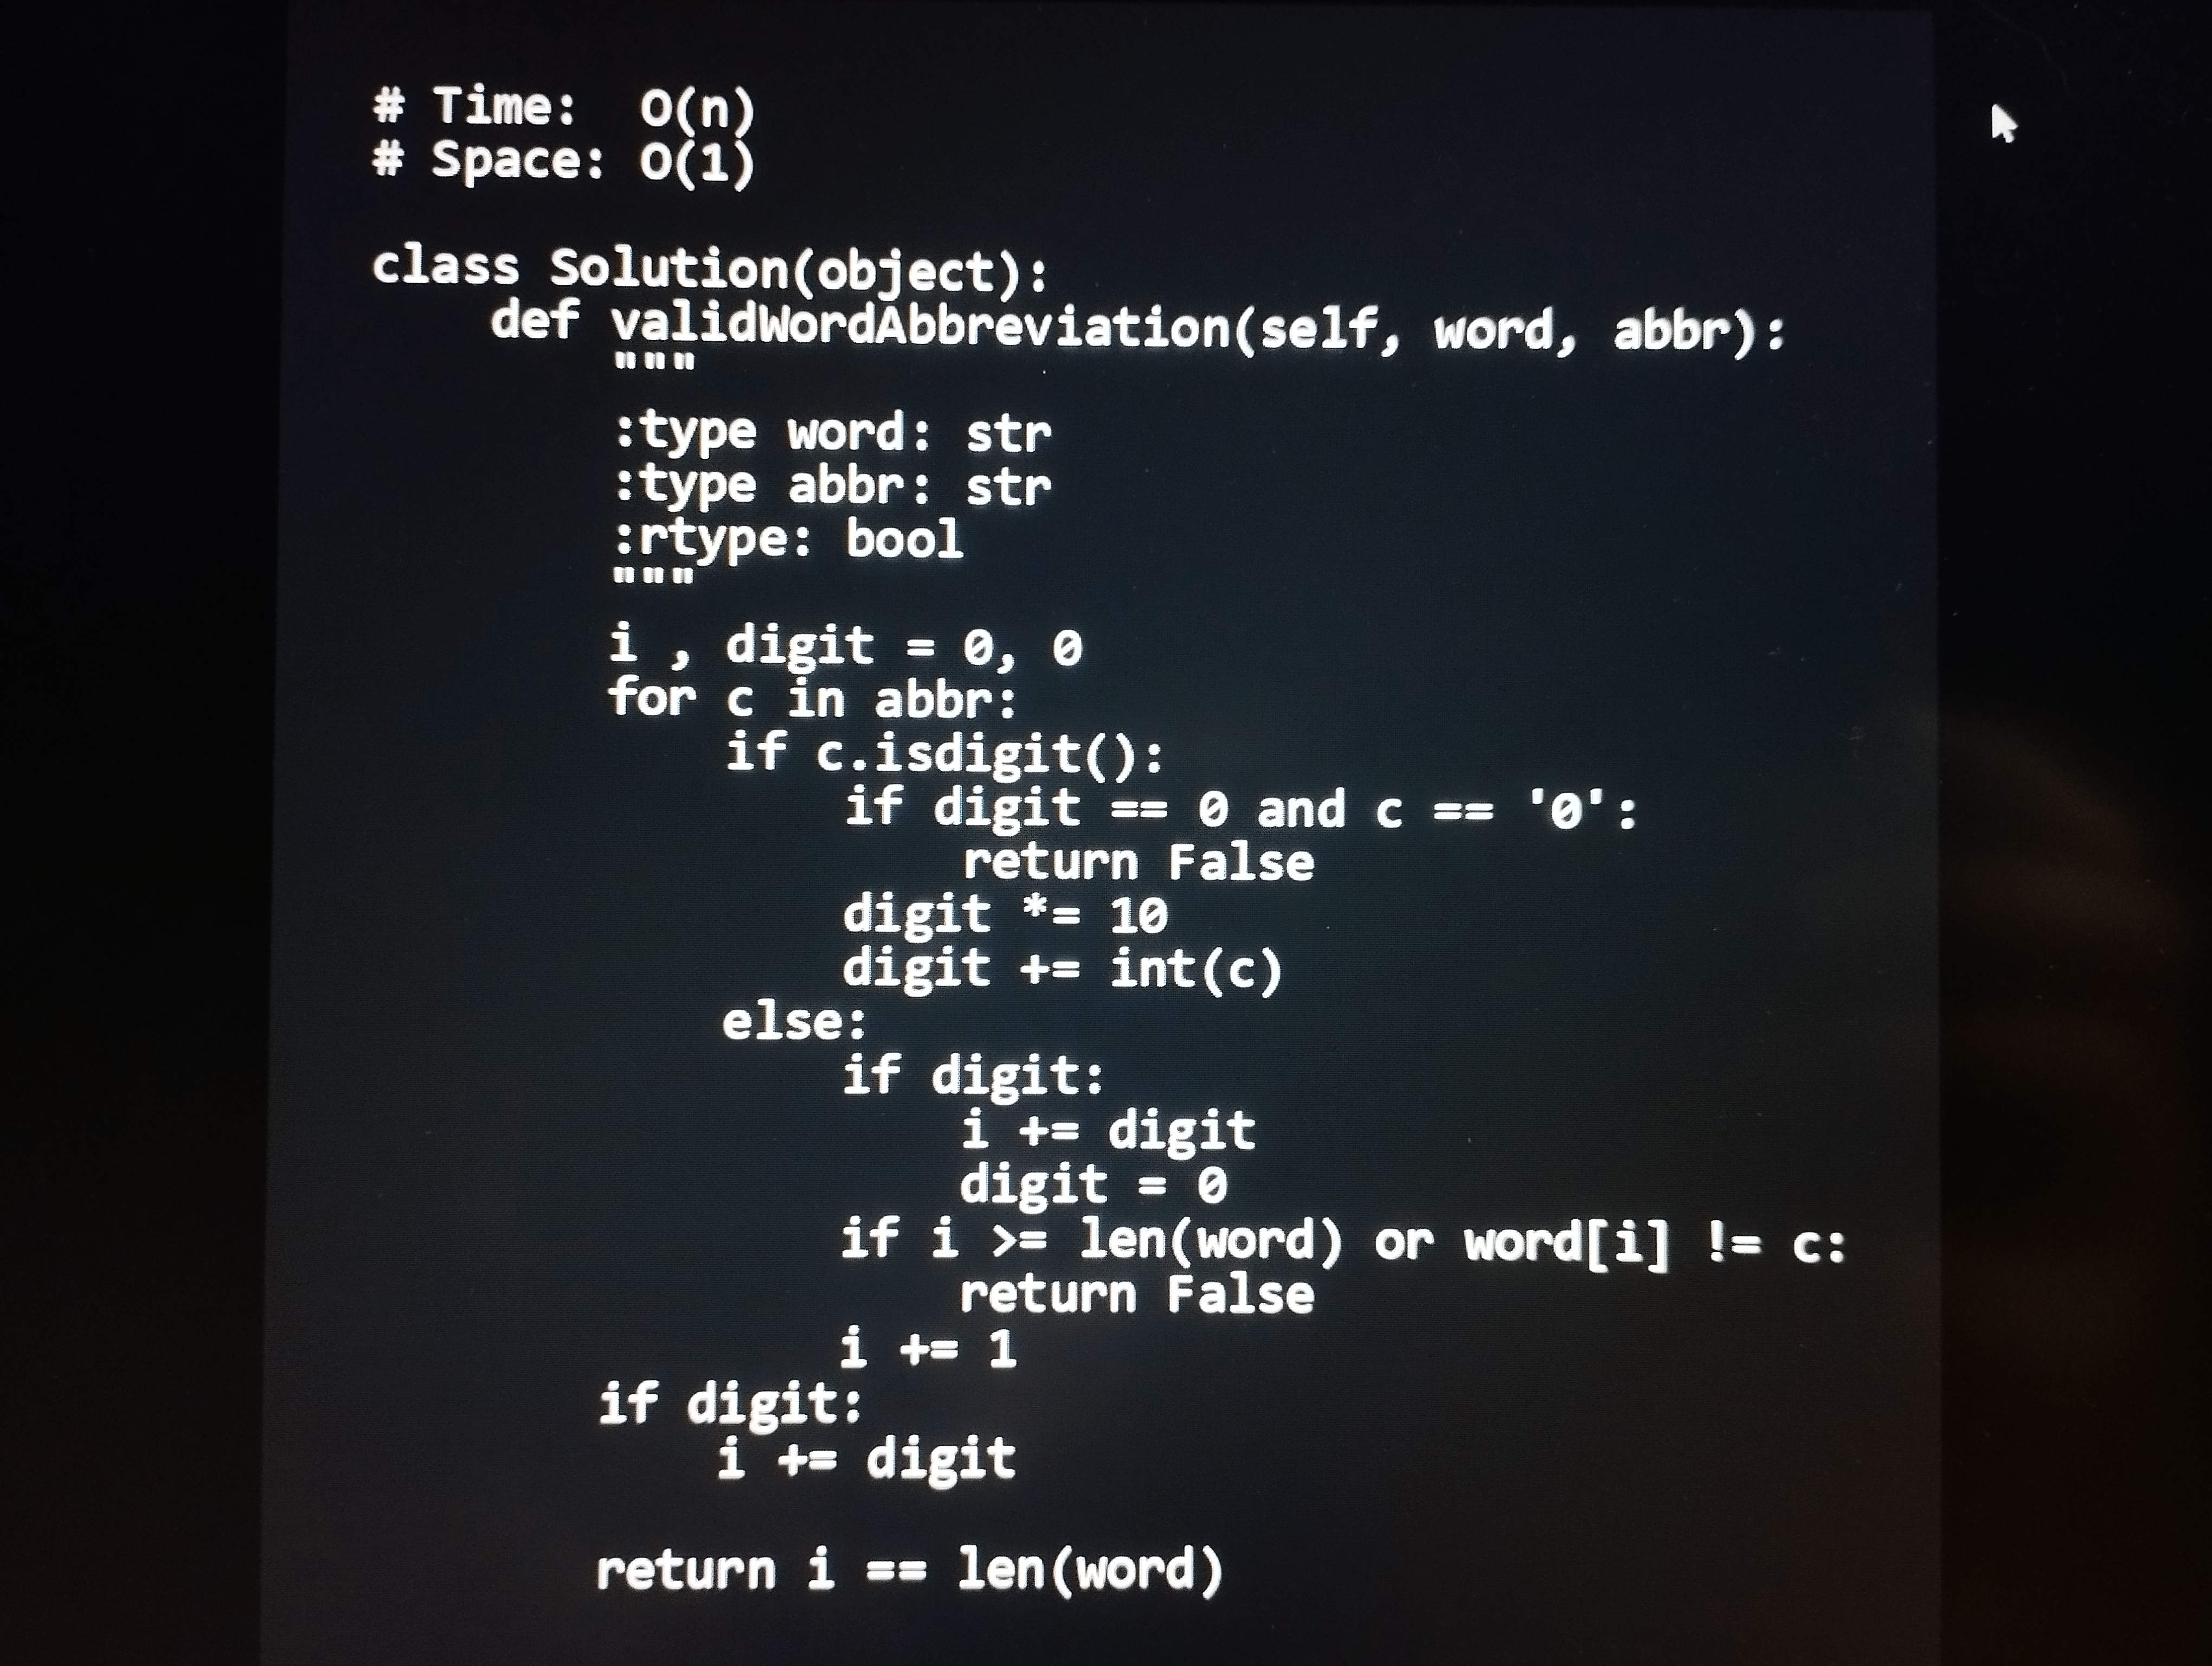
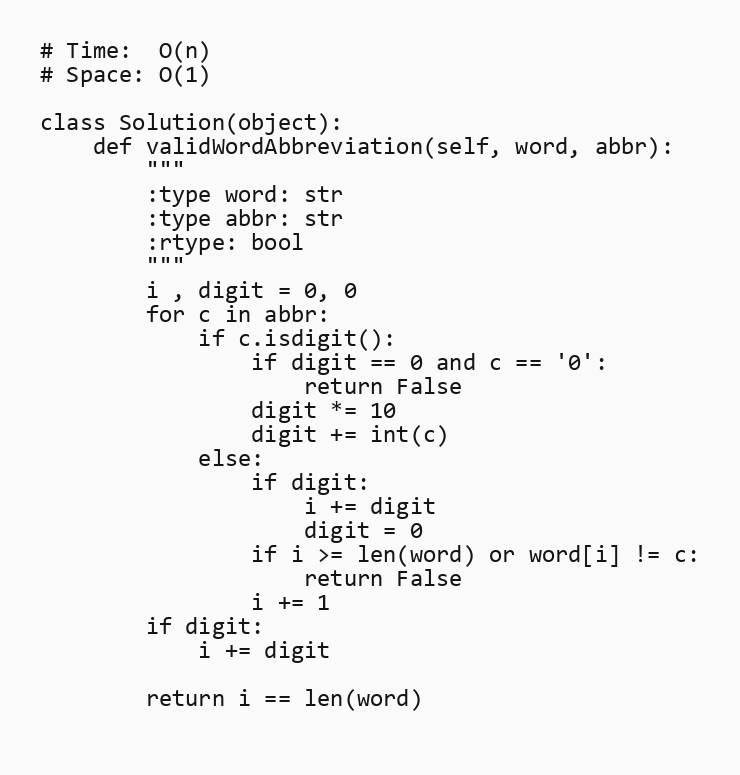
# Time:  O(n)
# Space: O(1)

class Solution(object):
    def validWordAbbreviation(self, word, abbr):
        """
        :type word: str
        :type abbr: str
        :rtype: bool
        """
        i , digit = 0, 0
        for c in abbr:
            if c.isdigit():
                if digit == 0 and c == '0':
                    return False
                digit *= 10
                digit += int(c)
            else:
                if digit:
                    i += digit
                    digit = 0
                if i >= len(word) or word[i] != c:
                    return False
                i += 1
        if digit:
            i += digit

        return i == len(word)